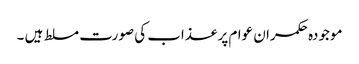
موجودہ حکمران عوام پر عذاب کی صورت مسلط ہیں ۔